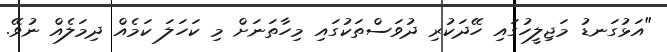
"އަޅުގަނޑު މަޖިލީހުގައި ހޭދަކުރި ދުވަސްތަކުގައި މިހާތަނަށް މި ކަހަލަ ކަމެއް ދިމަލެއް ނުވޭ.